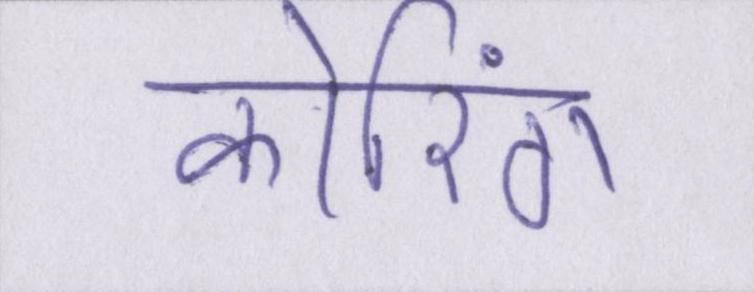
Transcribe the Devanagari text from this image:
कोरिंग